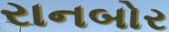
રાનબોર